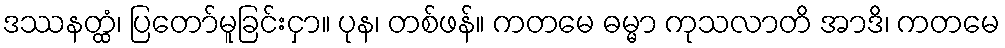
ဒဿနတ္ထံ၊ ပြတော်မူခြင်းငှာ။ ပုန၊ တစ်ဖန်။ ကတမေ ဓမ္မာ ကုသလာတိ အာဒိ၊ ကတမေ